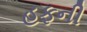
હફની